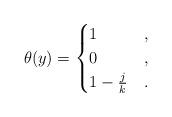
LaTeX: \begin{align*}\theta(y)= \begin{cases}1 &,\\0 &,\\1-\frac{j}{k} & .\end{cases}\end{align*}